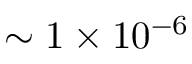
\sim 1 \times 1 0 ^ { - 6 }